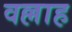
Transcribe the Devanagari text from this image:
वल्लाह